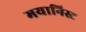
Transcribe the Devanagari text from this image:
मयानिस्ट